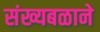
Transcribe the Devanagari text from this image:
संख्यबळाने